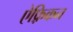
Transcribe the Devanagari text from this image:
ऐफ़्रिकन